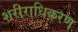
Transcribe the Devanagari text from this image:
शरीराधिकरण